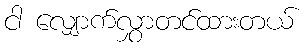
ငါ လျှောက်လွှာတင်ထားတယ်